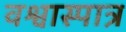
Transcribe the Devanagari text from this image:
वश्वास्पात्र